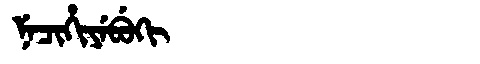
Manchu: ᠨᡝᠴᡳᡥᡳᠶᡝᠪᡠᡴᡳ
Romanization: NECIHIYEBUKI